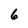
Character: 6